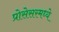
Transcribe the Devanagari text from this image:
प्रोसेसरमध्ये